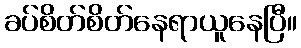
ခပ်စိတ်စိတ်နေရာယူနေပြီ။